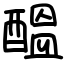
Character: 醞